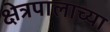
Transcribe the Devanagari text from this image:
क्षेत्रपालाच्या